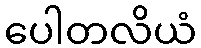
ပေါတလိယံ